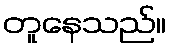
တူနေသည်။